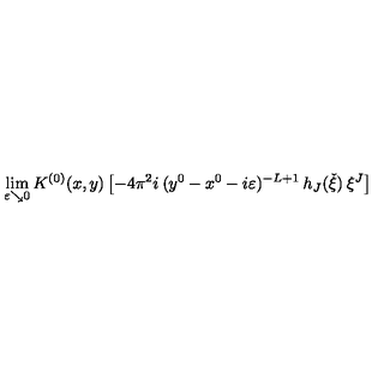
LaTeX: \lim _ { \varepsilon \searrow 0 } K ^ { ( 0 ) } ( x , y ) \left[ - 4 \pi ^ { 2 } i \: ( y ^ { 0 } - x ^ { 0 } - i \varepsilon ) ^ { - L + 1 } \: h _ { J } ( \check { \xi } ) \: \xi ^ { J } \right]